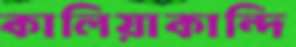
কালিয়াকান্দি